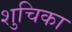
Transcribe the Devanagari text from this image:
शुचिका